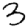
Digit: 3